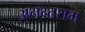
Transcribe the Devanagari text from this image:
अनन्तराम